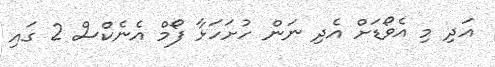
އަދި މި އެވޯޑަށް އެދި ނަން ހުށަހަޅާ ފޯމް އެނެކްސް 2 ގައި